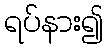
ရပ်နား၍